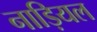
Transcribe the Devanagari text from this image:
नाड़ियल